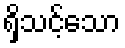
ရှိသင့်သော